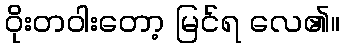
ဝိုးတဝါးတော့ မြင်ရ လေ၏။